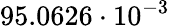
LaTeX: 95.0626\cdot 10^{-3}